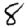
Digit: 8